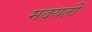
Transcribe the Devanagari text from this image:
मदयती